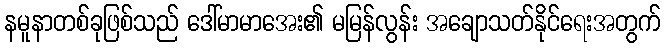
နမူနာတစ်ခုဖြစ်သည် ဒေါ်မာမာအေး၏ မမြန်လွန်း အချောသတ်နိုင်ရေးအတွက်